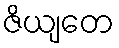
ဇိယျတေ